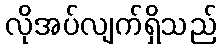
လိုအပ်လျက်ရှိသည်